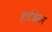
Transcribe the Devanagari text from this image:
हार्टब्रेकर